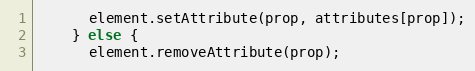
Language: JavaScript
      element.setAttribute(prop, attributes[prop]);
    } else {
      element.removeAttribute(prop);